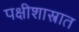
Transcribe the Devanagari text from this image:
पक्षीशास्त्रात